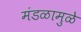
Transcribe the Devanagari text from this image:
मंडळामुळे